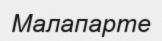
Малапарте